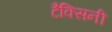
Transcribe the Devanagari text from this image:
टैक्सिनी